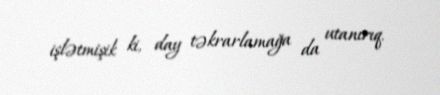
işlətmişik ki, day təkrarlamağa da utanırıq.